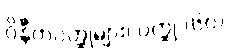
ဝိနီတဝတ္ထုများ၊ ဝတ္ထု (၆၀)